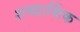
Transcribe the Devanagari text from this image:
शब्दार्थिक